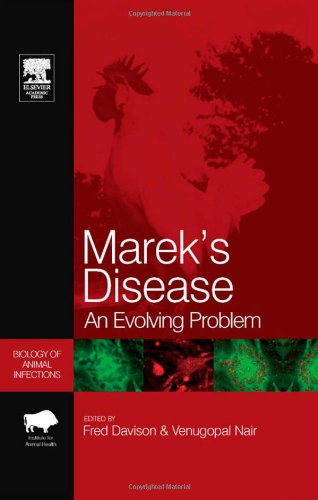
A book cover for Marek's Disease: An Evolving Problem (Biology of Animal Infections); Medical Books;